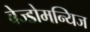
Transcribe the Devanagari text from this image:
बेज्डोमन्यिज